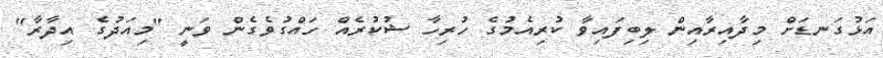
އަޅުގަނޑަށް މިދާއިރާއިން ލިބިފައިވާ ކުރިއެމުގެ ހުރިހާ ޝުކުރެއް ހައްގުވެގެން ވަނީ "މިއަދުގެ އިދާރާ''